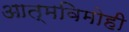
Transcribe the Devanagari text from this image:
आत्मविमोही